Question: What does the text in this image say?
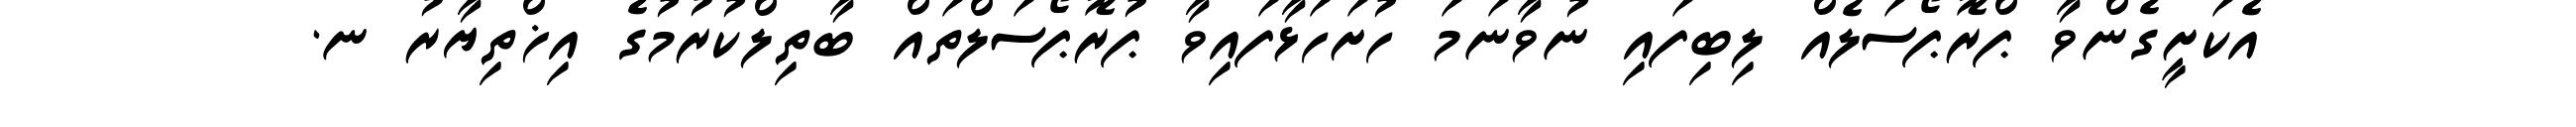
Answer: އެކަށީގެންވާ ޕްރޮޕޯސަލެއް ލިބިފައި ނުވާނަމަ ހުށަހަޅާފައިވާ ޕުރޮޕޯސަލްތައް ބާތިލްކުރުމުގެ އިޚްތިޔާރު ނ.